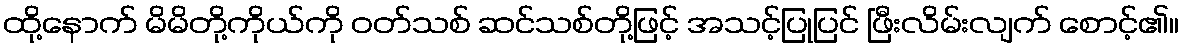
ထို့နောက် မိမိတို့ကိုယ်ကို ဝတ်သစ် ဆင်သစ်တို့ဖြင့် အသင့်ပြုပြင် ဖြီးလိမ်းလျက် စောင့်၏။